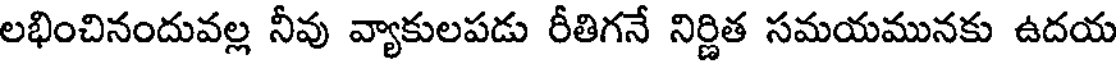
లభించినందువల్ల నీవు వ్యాకులపడు రీతిగనే నిర్ణిత సమయమునకు ఉదయ